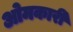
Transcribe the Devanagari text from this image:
ओमकारी